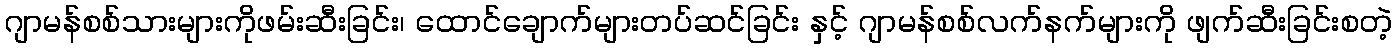
ဂျာမန်စစ်သားများကိုဖမ်းဆီးခြင်း၊ ထောင်ချောက်များတပ်ဆင်ခြင်း နှင့် ဂျာမန်စစ်လက်နက်များကို ဖျက်ဆီးခြင်းစတဲ့